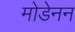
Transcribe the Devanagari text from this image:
मोडेनन